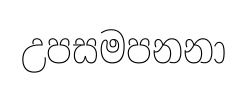
උපසමපනනා